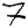
Digit: 7